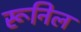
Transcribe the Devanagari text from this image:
रूनिल